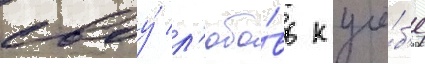
своу́ л'юбо́вь к учё́б'е